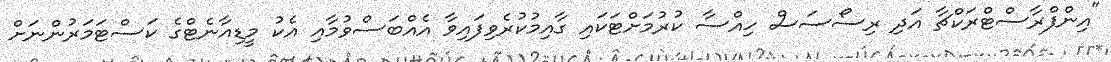
"އިންފްރާސްޓްރަކްޗާ އަދި ރިސޯސަސް ހިއްސާ ކުރުމަށްޓަކައި ގާއިމުކުރެވިފައިވާ އެއްބަސްވުމާއި އެކު މީޑިއާނެޓްގެ ކަސްޓަމަރުންނަށް